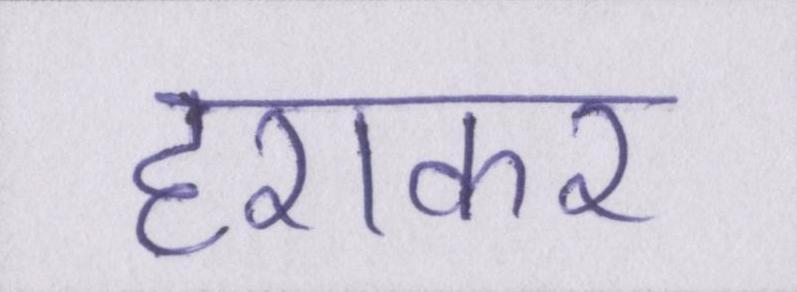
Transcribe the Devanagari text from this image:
हराकर